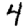
Digit: 4